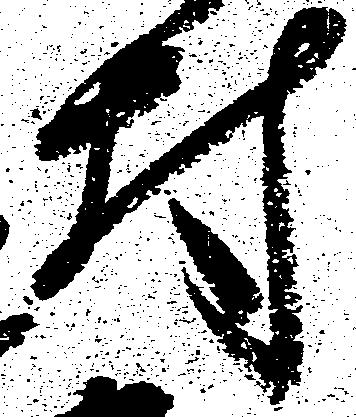
村